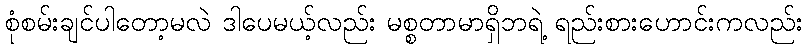
စုံစမ်းချင်ပါတော့မလဲ ဒါပေမယ့်လည်း မစ္စတာမာရှိဘရဲ့ ရည်းစားဟောင်းကလည်း